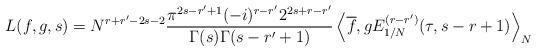
LaTeX: \begin{align*} L(f, g, s) = N^{r + r' - 2s - 2} \frac{\pi^{2s - r' + 1} (-i)^{r - r'} 2^{2s + r - r'}}{\Gamma(s)\Gamma(s - r' + 1)} \left\langle \overline{f}, g E^{(r - r')}_{1/N}(\tau, s - r + 1)\right\rangle_N \end{align*}